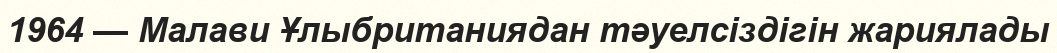
1964 — Малави Ұлыбританиядан тәуелсіздігін жариялады